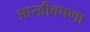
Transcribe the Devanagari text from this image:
आखीवपणा